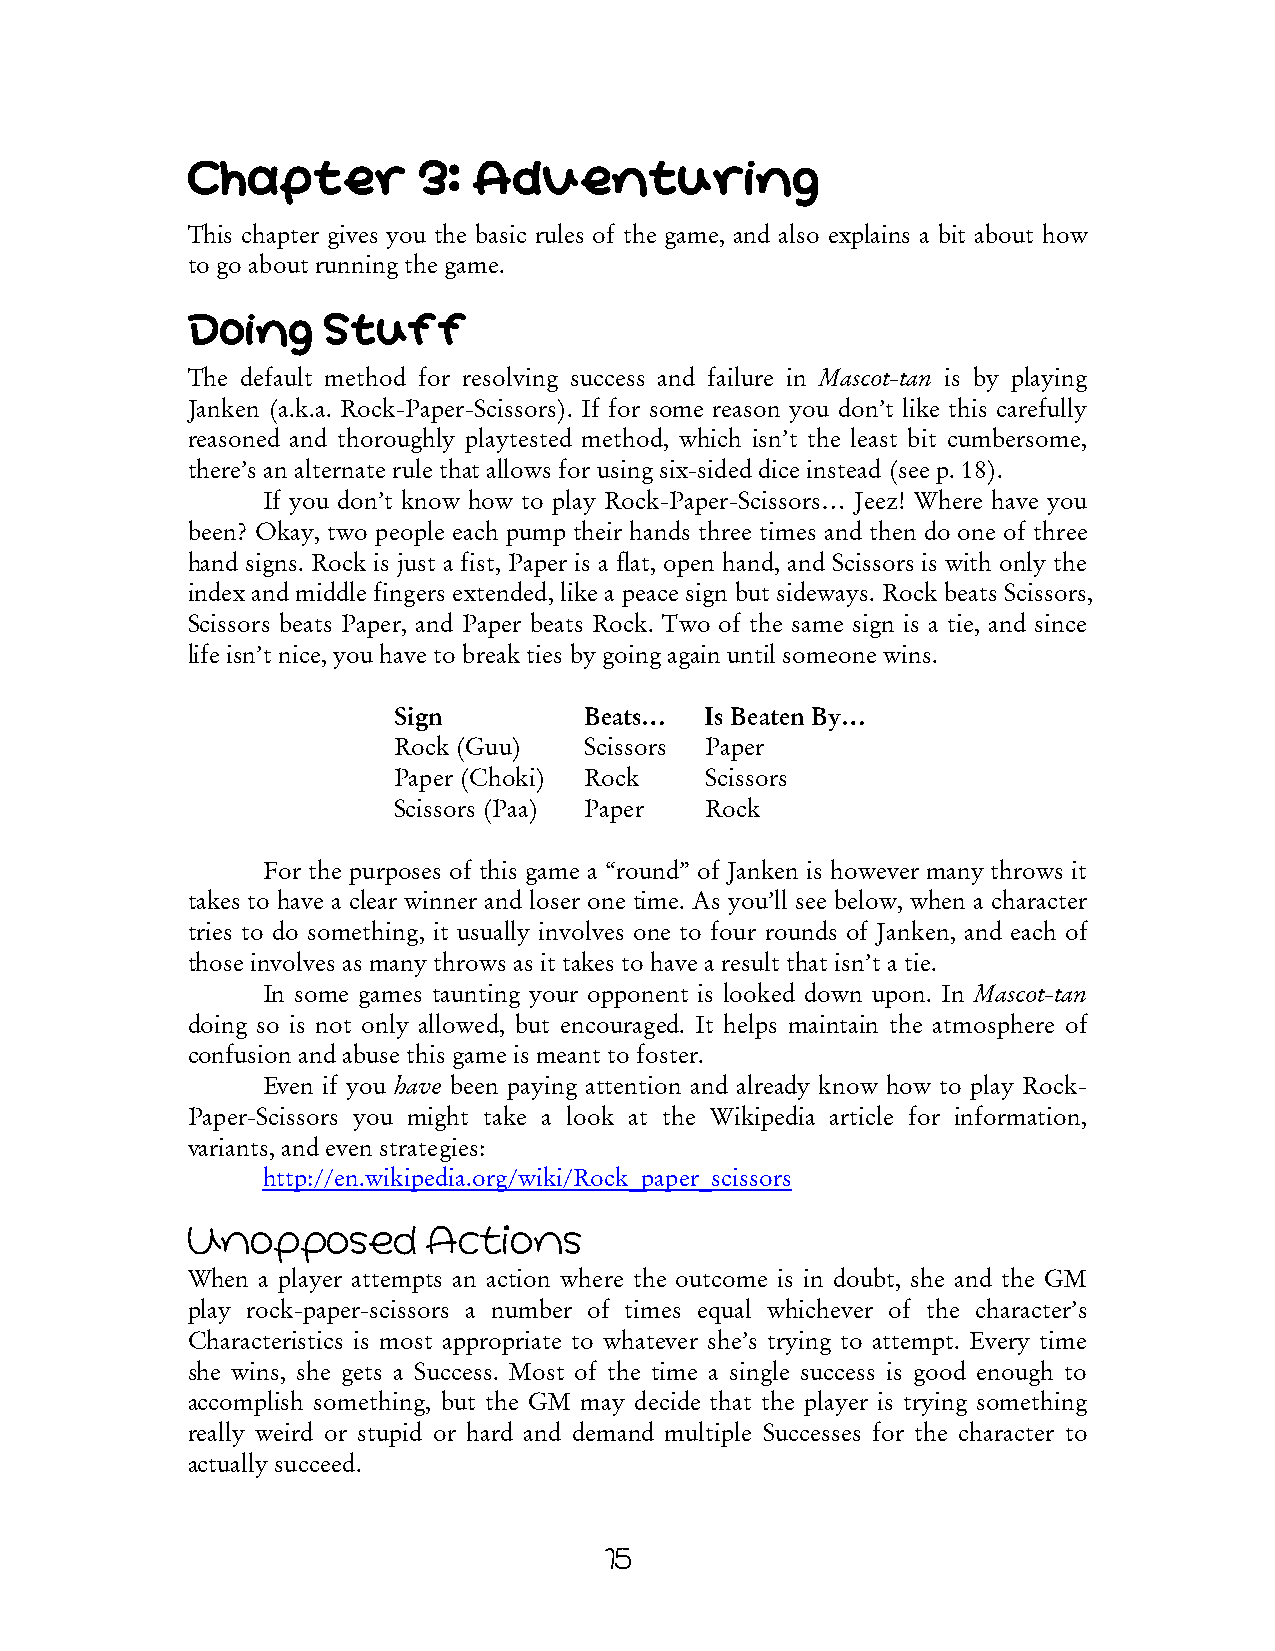
Chapter         3: Adventuring
 This chapter gives you the basic rules of the game, and also explains a bit about how
 to go about running the game.
 Doing    Stuff
 The default method for resolving success and failure in Mascot-tan is by playing
 Janken (a.k.a. Rock-Paper-Scissors). If for some reason you don’t like this carefully
 reasoned and thoroughly playtested method, which isn’t the least bit cumbersome,
 there’s an alternate rule that allows for using six-sided dice instead (see p. 18).
 If you don’t know how to play Rock-Paper-Scissors… Jeez! Where have you
 been? Okay, two people each pump their hands three times and then do one of three
 hand signs. Rock is just a fist, Paper is a flat, open hand, and Scissors is with only the
 index and middle fingers extended, like a peace sign but sideways. Rock beats Scissors,
 Scissors beats Paper, and Paper beats Rock. Two of the same sign is a tie, and since
 life isn’t nice, you have to break ties by going again until someone wins.
 Sign         Beats…  Is Beaten By…
 Rock (Guu)   Scissors Paper
 Paper (Choki) Rock   Scissors
 Scissors (Paa) Paper Rock
 For the purposes of this game a “round” of Janken is however many throws it
 takes to have a clear winner and loser one time. As you’ll see below, when a character
 tries to do something, it usually involves one to four rounds of Janken, and each of
 those involves as many throws as it takes to have a result that isn’t a tie.
 In some games taunting your opponent is looked down upon. In Mascot-tan
 doing so is not only allowed, but encouraged. It helps maintain the atmosphere of
 confusion and abuse this game is meant to foster.
 Even if you have been paying attention and already know how to play Rock-
 Paper-Scissors you might take a look at the Wikipedia article for information,
 variants, and even strategies:
 http://en.wikipedia.org/wiki/Rock_paper_scissors
 Unopposed       Actions
 When a player attempts an action where the outcome is in doubt, she and the GM
 play rock-paper-scissors a number of times equal whichever of the character’s
 Characteristics is most appropriate to whatever she’s trying to attempt. Every time
 she wins, she gets a Success. Most of the time a single success is good enough to
 accomplish something, but the GM may decide that the player is trying something
 really weird or stupid or hard and demand multiple Successes for the character to
 actually succeed.
 15